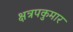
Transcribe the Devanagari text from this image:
क्षत्रपकुमार